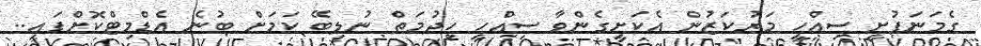
ގެމަނަފުށީ ސިއްހީ މަރުކަޒުން އެކަށީގެންވާ ސިއްހީ ހިދުމަތް ނުލިބޭ ކަމަށް ބުނެ އެޑްމިޓްކޮށްފައި..